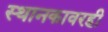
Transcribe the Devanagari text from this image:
स्थानकावरही